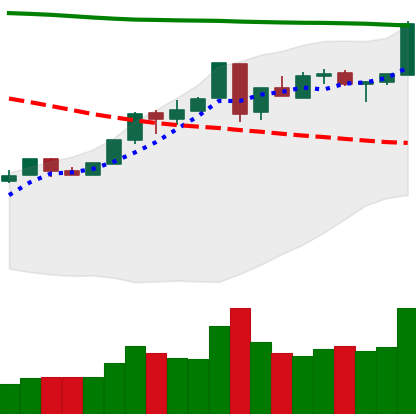
Ticker: ETH-USD
Chart end date: 2018-05-03
Forward return: -3.423%
Label: down_3_5